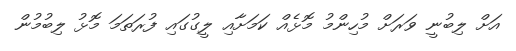
އަށް ލިބުނީ ވަރަށް މުހިންމު މޮޅެއް ކަމަށާއި ލީގުގައި ފުރަތަމަ މޮޅު ލިބުމުން